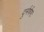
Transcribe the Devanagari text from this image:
दुर्मर्षणः